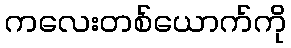
ကလေးတစ်ယောက်ကို